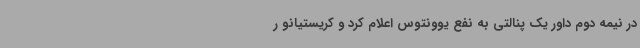
در نیمه دوم داور یک پنالتی به نفع یوونتوس اعلام کرد و کریستیانو ر